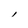
Character: l